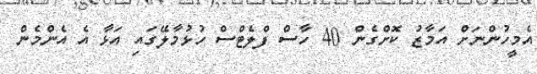
އެމީހުންނަށް އަމާޒު ކޮށްގެން 40 ހާސް ފްލެޓްސް ހުޅުމާލޭގައި އަޅާ އެ އެންމެން